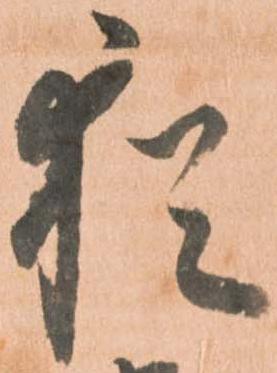
猶